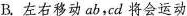
B.左右移动ab，cd将会运动